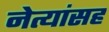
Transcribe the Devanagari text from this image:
नेत्यांसह